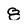
Character: 8